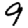
Digit: 9